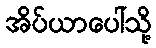
အိပ်ယာပေါ်သို့